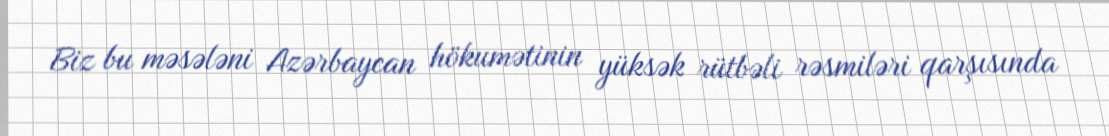
Biz bu məsələni Azərbaycan hökumətinin yüksək rütbəli rəsmiləri qarşısında